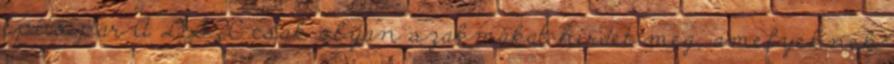
építőipar A DSZC csak olyan szakmákat hirdet meg, amelyeknek